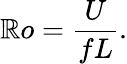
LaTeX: \mathbb{R}o={\frac{{U}}{{fL}}}.